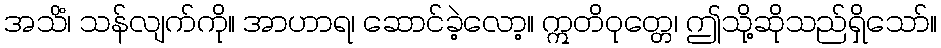
အသိံ၊ သန်လျက်ကို။ အာဟာရ၊ ဆောင်ခဲ့လော့။ ဣတိဝုတ္တေ၊ ဤသို့ဆိုသည်ရှိသော်။